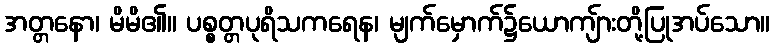
အတ္တနော၊ မိမိ၏။ ပစ္စတ္တပုရိသကရေန၊ မျက်မှောက်၌ယောကျ်ားတို့ပြုအပ်သော။